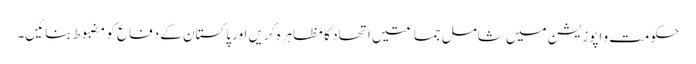
حکومت و اپوزیشن میں شامل جماعتیں اتحاد کا مظاہرہ کریں اور پاکستان کے دفاع کو مضبوط بنائیں۔